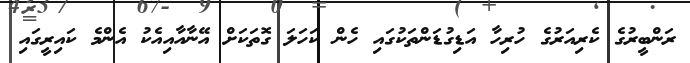
ރަންބީރުގެ ކެރިއަރުގެ ހުރިހާ އަޑިގުޑަންތަކުގައި ހެން ކަހަލަ ގޮތަކަށް އޭނާއާއިއެކު އެންމެ ކައިރީގައި